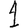
Digit: 1